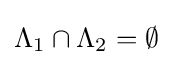
\Lambda _{1}\cap \Lambda _{2}=\emptyset